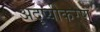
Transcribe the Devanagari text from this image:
अदृष्यीकरण